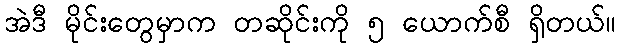
အဲဒီ မိုင်းတွေမှာက တဆိုင်းကို ၅ ယောက်စီ ရှိတယ်။